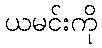
ယမင်းကို